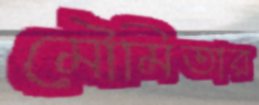
মৌমিতার